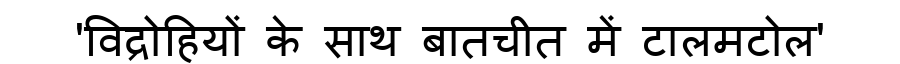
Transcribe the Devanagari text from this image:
'विद्रोहियों के साथ बातचीत में टालमटोल'